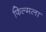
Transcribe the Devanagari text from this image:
फिल्मला